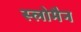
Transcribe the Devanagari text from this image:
स्लोमैन